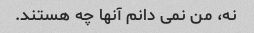
نه، من نمی دانم آنها چه هستند.